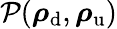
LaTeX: \mathcal{P}(\boldsymbol{\mathbf{\rho}}_{\mathrm{d}},\boldsymbol{\mathbf{\rho}}_{\mathrm{u}})